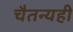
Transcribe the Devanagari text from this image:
चैतन्यही